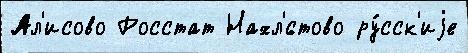
Ал'исово Росстат Нахл'́стово ру́сск'иjе